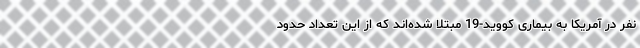
نفر در آمریکا به بیماری کووید-19 مبتلا شده‌اند که از این تعداد حدود